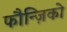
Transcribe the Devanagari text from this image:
फौन्ज़िको